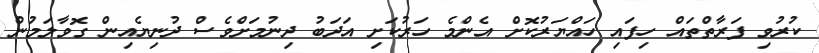
ކުރުވި ފަރާތްތައް ހިފައި ހައްޔަރުކޮށް އެންމެ ހަރުކަށި އަދަބު ދިނުމަށްވެސް ދުނިޔެއިން ގޮވާލަމުން